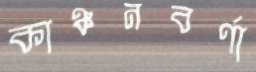
কাঞ্চনবর্ণা